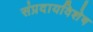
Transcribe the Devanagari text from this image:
संप्रदायविशेष